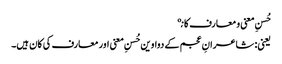
حُسنِ معنی و معارف کانې
یعنی: شاعرانِ عجم کے دواوین حُسنِ معنی اور معارف کی کان ہیں۔